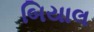
બિયાલ